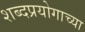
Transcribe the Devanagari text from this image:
शब्दप्रयोगाच्या